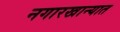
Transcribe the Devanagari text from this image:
नगारखान्यात